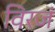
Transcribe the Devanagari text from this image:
विरजं